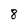
Character: 8